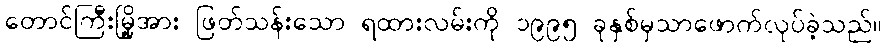
တောင်ကြီးမြို့အား ဖြတ်သန်းသော ရထားလမ်းကို ၁၉၉၅ ခုနှစ်မှသာဖောက်လုပ်ခဲ့သည်။